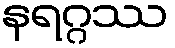
နရဂ္ဂဿ